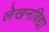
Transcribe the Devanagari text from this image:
लेखनविद्या